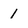
Character: 1